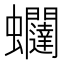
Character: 𧖆